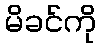
မိခင်ကို